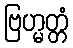
ဗြဟ္မတ္တံ